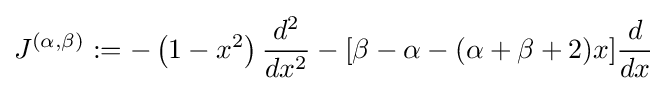
J^{(\alpha ,\beta )}:=-\left(1-x^{2}\right){\frac {d^{2}}{dx^{2}}}-[\beta -\alpha -(\alpha +\beta +2)x]{\frac {d}{dx}}